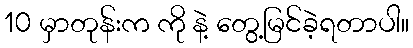
10 မှာတုန်းက ကို နဲ့ တွေ့မြင်ခဲ့ရတာပါ။